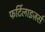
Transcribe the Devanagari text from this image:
फर्टिलाइज़र्स